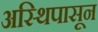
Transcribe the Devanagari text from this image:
अस्थिपासून